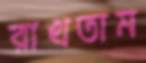
রাখতাম